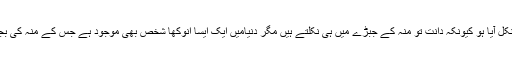
19 نومبر2019ء) آپ نے یقیناً کبھی نہیں سنا ہو گا کہ کسی کے ناک میں دانت نکل آیا ہو کیونکہ دانت تو منہ کے جبڑے میں ہی نکلتے ہیں مگر دنیامیں ایک ایسا انوکھا شخص بھی موجود ہے جس کے منہ کی بجائے ناک میں دانت نکل آیااور اسے سانس لینے میں دشواری کا سامنا کرنا پڑ گیا۔